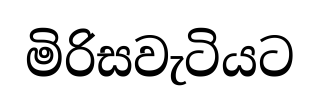
මිරිසවැටියට